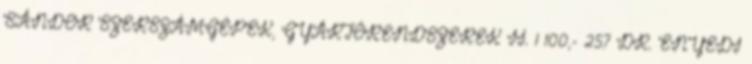
SÁNDOR SZERSZÁMGÉPEK, GYÁRTÓRENDSZEREK II. 1 100,- 257 DR. ENYEDI